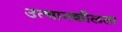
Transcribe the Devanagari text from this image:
उत्थानशीलता